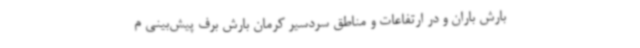
بارش باران و در ارتفاعات و مناطق سردسیر کرمان بارش برف پیش‌بینی م